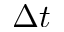
\Delta t